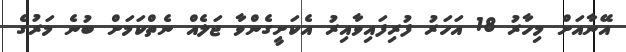
އޭނާއަށް މިހާރު 18 އަހަރު ފުރިފައިވާއިރު އެކަށީގެންވާ ޖަލެއް ނެތްކަމަށް ބުނެ މަރުގެ